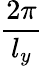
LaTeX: \frac{2\pi}{l_{y}}